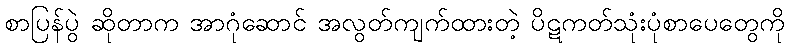
စာပြန်ပွဲ ဆိုတာက အာဂုံဆောင် အလွတ်ကျက်ထားတဲ့ ပိဋကတ်သုံးပုံစာပေတွေကို